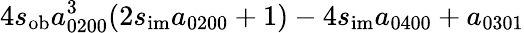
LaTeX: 4s_{\mathrm{ob}}a_{0200}^{3}(2s_{\mathrm{im}}a_{0200}+1)-4s_{\mathrm{im}}a_{0400}+a_{0301}